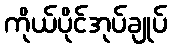
ကိုယ်ပိုင်အုပ်ချုပ်